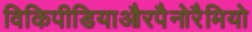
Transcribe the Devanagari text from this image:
विकिपीडियाऔरपैनोरैमियो